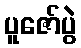
ပူဇော်ပွဲ